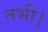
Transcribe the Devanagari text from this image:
तभी।